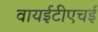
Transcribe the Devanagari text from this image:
वायईटीएचई